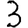
Digit: 3